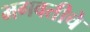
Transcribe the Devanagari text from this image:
भगवतीचे